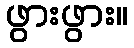
ဖွားဖွား။